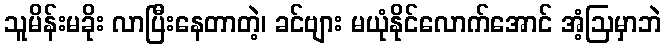
သူမိန်းမခိုး လာပြီးနေတာတဲ့၊ ခင်ဗျား မယုံနိုင်လောက်အောင် အံ့ဩမှာဘဲ